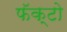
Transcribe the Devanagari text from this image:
फॅक्टो